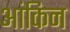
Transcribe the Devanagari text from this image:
आंकिन